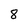
Character: 8